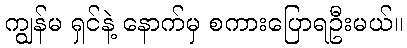
ကျွန်မ ရှင်နဲ့ နောက်မှ စကားပြောရဦးမယ်။